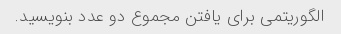
الگوریتمی برای یافتن مجموع دو عدد بنویسید.